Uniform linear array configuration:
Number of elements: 64
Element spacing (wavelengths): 0.75
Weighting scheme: exponential
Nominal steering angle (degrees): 0
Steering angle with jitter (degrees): -1.971
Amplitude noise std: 0.05
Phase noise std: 0.05

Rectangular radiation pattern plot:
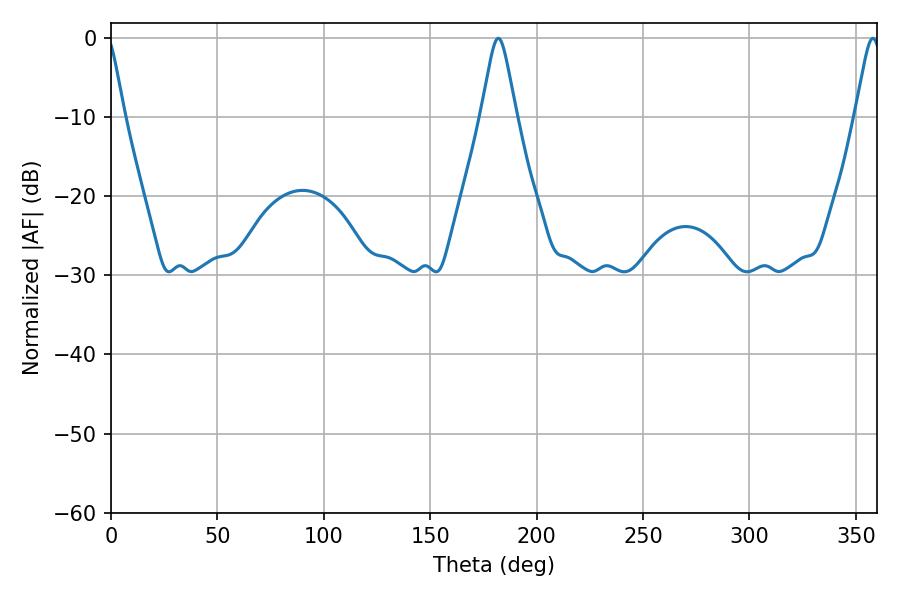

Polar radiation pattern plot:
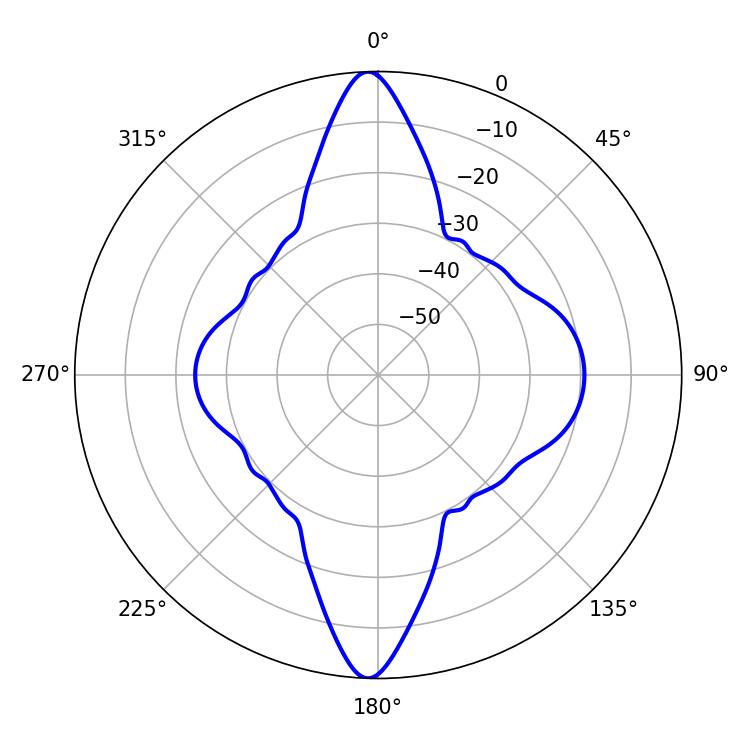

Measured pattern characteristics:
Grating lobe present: TRUE
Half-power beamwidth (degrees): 7.74
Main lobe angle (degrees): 181.98